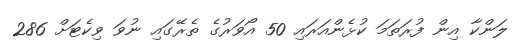
ލަންކާ އިން ފުރަތަމަ ކުޅެންއަރައި 50 އޯވަރުގެ ތެރޭގައި ނުވަ ވިކެޓަށް 286